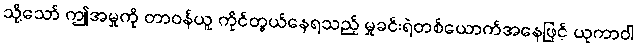
သို့သော် ဤအမှုကို တာဝန်ယူ ကိုင်တွယ်နေရသည့် မှုခင်းရဲတစ်ယောက်အနေဖြင့် ယုကာဝါ